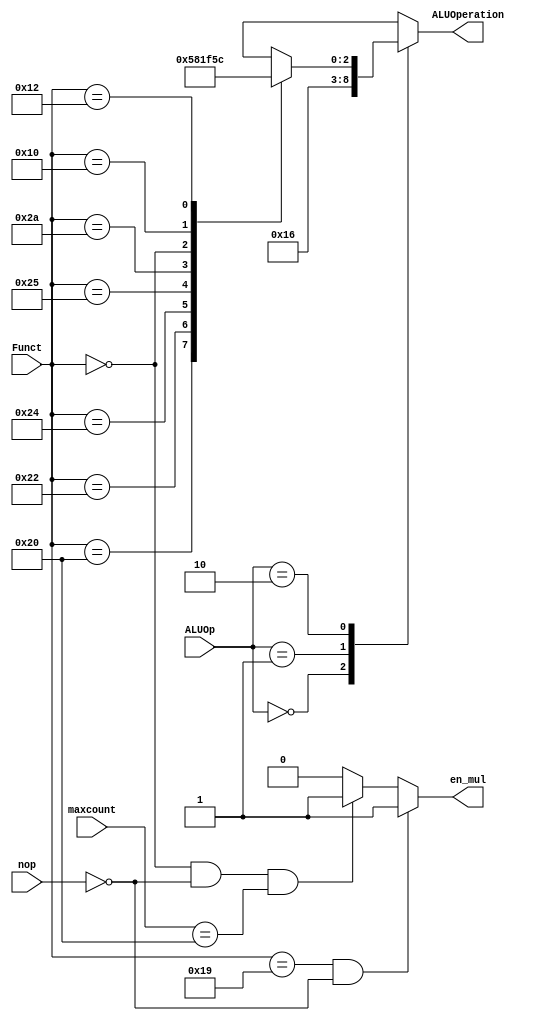
module alu_ctl( ALUOp, Funct, ALUOperation, nop, en_mul, maxcount );
	input nop;
    input [1:0] ALUOp;
    input [5:0] Funct;
	input [6:0] maxcount;
	output reg en_mul;
    output reg [2:0] ALUOperation;

    parameter F_add = 6'd32;
    parameter F_sub = 6'd34;
    parameter F_and = 6'd36;
    parameter F_or  = 6'd37;
    parameter F_slt = 6'd42;
	parameter F_sll = 6'd0;
	parameter F_multu = 6'd25;
	parameter F_mfhi = 6'd16;
	parameter F_mflo = 6'd18;

    parameter ALU_add = 3'b010;
    parameter ALU_sub = 3'b110;
    parameter ALU_and = 3'b000;
    parameter ALU_or  = 3'b001;
    parameter ALU_slt = 3'b111;
	parameter ALU_sll = 3'b101;
	parameter ALU_mfhi = 3'b011;
	parameter ALU_mflo = 3'b100;
	

    always @(ALUOp or Funct)
    begin
        case (ALUOp) 
            2'b00 : ALUOperation = ALU_add;
            2'b01 : ALUOperation = ALU_sub;
            2'b10 : case (Funct) 
                        F_add : ALUOperation = ALU_add;
                        F_sub : ALUOperation = ALU_sub;
                        F_and : ALUOperation = ALU_and;
                        F_or  : ALUOperation = ALU_or;
                        F_slt : ALUOperation = ALU_slt;
						F_sll : ALUOperation = ALU_sll;
						F_mfhi : ALUOperation = ALU_mfhi;
						F_mflo : ALUOperation = ALU_mflo;
                        default ALUOperation = 3'bxxx;
                    endcase
            default ALUOperation = 3'bxxx;
        endcase
		
		if ( Funct == F_multu && !nop ) en_mul = 1'b1;
		else if ( Funct == F_sll && !nop && maxcount == 7'd32 ) en_mul = 1'b1; // normal nop
		else en_mul = 1'b0;
    end
endmodule